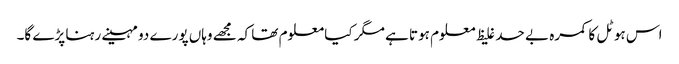
اس ہوٹل کا کمرہ بے حد غلیظ معلوم ہوتا ہے مگر کیا معلوم تھا کہ مجھے وہاں پورے دو مہینے رہنا پڑے گا۔